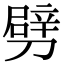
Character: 劈